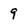
Character: 9